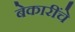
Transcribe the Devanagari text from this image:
बेकारींचे